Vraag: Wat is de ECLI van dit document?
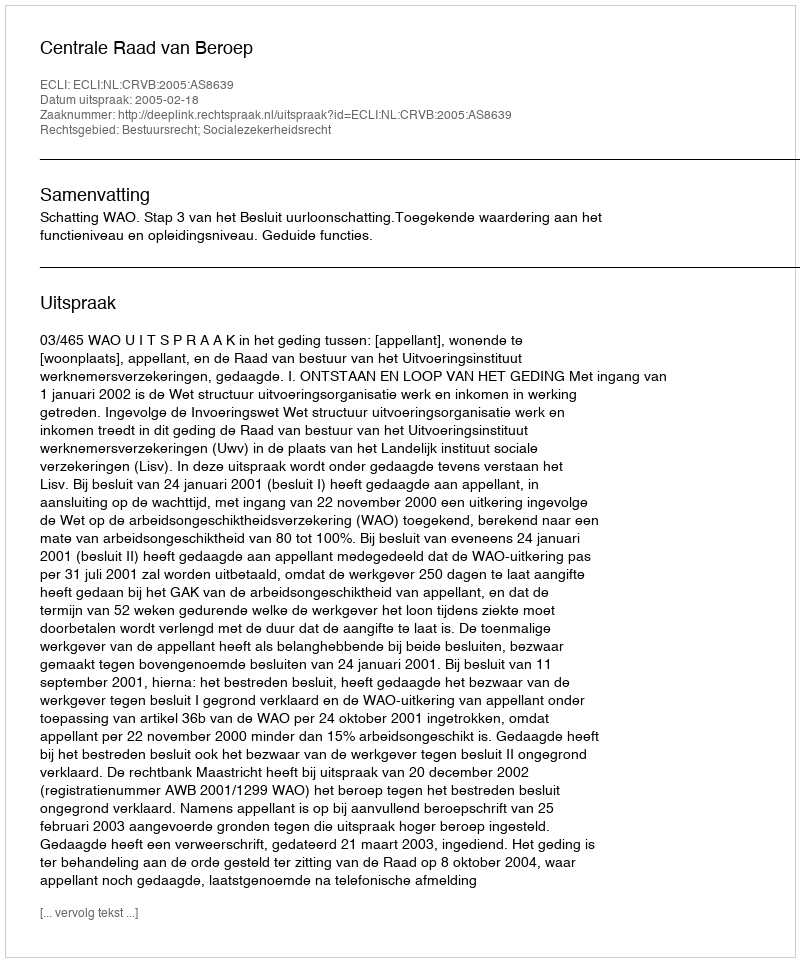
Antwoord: ECLI:NL:CRVB:2005:AS8639